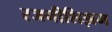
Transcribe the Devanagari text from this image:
रजनीशिझम